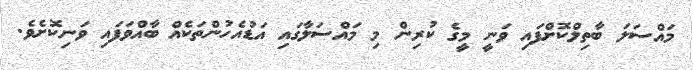
މައްސަލަ ބާތިލްކޮށްފައި ވަނީ މީގެ ކުރިން މި މައްސަލާގައި އަޑުއެހުންތަކެއް ބާއްވަފައި ވަނިކޮށެވެ.